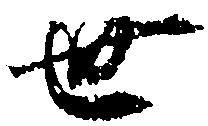
世